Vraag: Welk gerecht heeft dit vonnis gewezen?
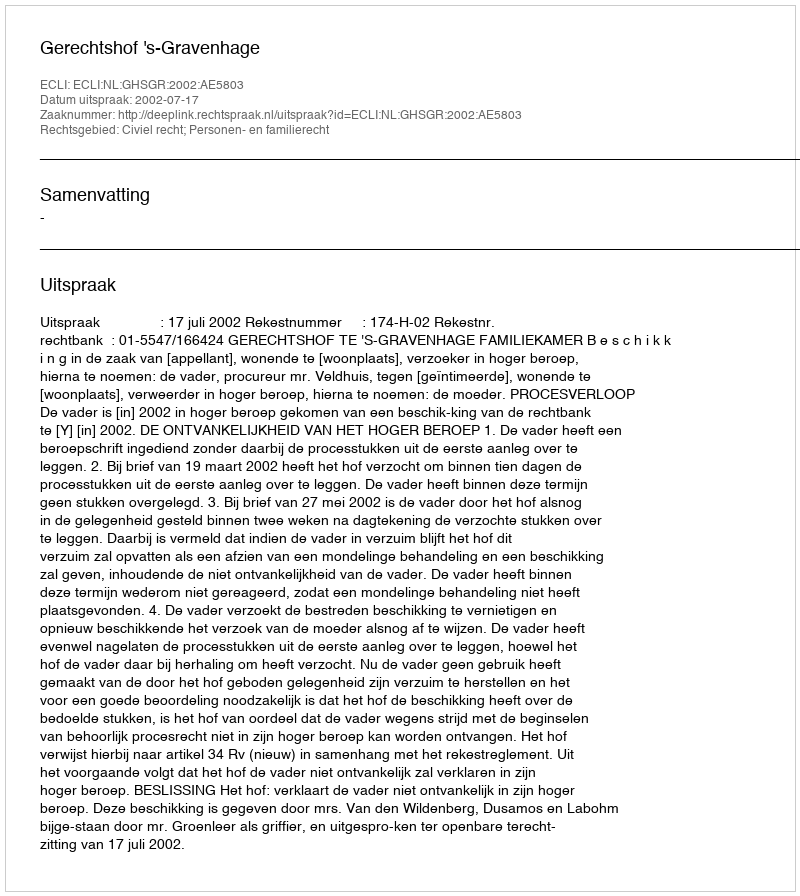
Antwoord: Gerechtshof 's-Gravenhage